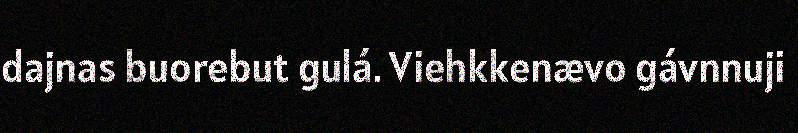
dajnas buorebut gulá. Viehkkenævo gávnnuji